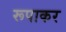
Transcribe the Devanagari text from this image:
रूपाकर